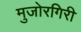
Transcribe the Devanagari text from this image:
मुजोरगिरी